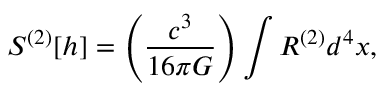
S ^ { ( 2 ) } [ h ] = \left( { \frac { c ^ { 3 } } { 1 6 \pi G } } \right) \int R ^ { ( 2 ) } d ^ { 4 } x ,